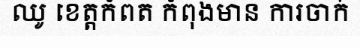
ឈូ ខេត្តកំពត កំពុងមាន ការចាក់